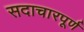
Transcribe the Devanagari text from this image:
सदाचारपूर्ण